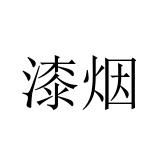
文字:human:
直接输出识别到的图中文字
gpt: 漆烟